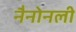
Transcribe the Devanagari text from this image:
नैनोनली